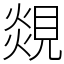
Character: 覢